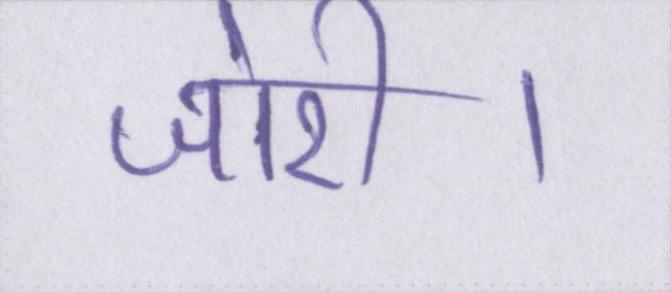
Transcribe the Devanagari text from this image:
जोरी।